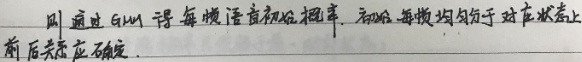
则通过 GMM 得每帧音视频概率. 初始每帧均匀分布在状态上，前后关联确定.